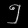
Digit: ၅